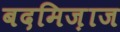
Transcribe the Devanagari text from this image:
बदमिज़ाज